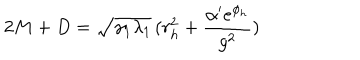
2 M + D = \sqrt { \gamma _ { 1 } \lambda _ { 1 } } \, ( r _ { h } ^ { 2 } + \frac { \alpha ^ { \prime } e ^ { \phi _ { h } } } { g ^ { 2 } } )